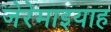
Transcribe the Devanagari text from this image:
जेरेमाइयाह